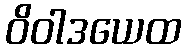
ဝိဝါဒယေထ